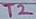
Text: T2